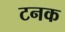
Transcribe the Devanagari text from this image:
टनक